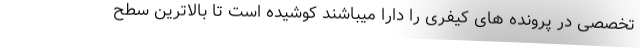
تخصصی در پرونده های کیفری را دارا میباشند کوشیده است تا بالاترین سطح